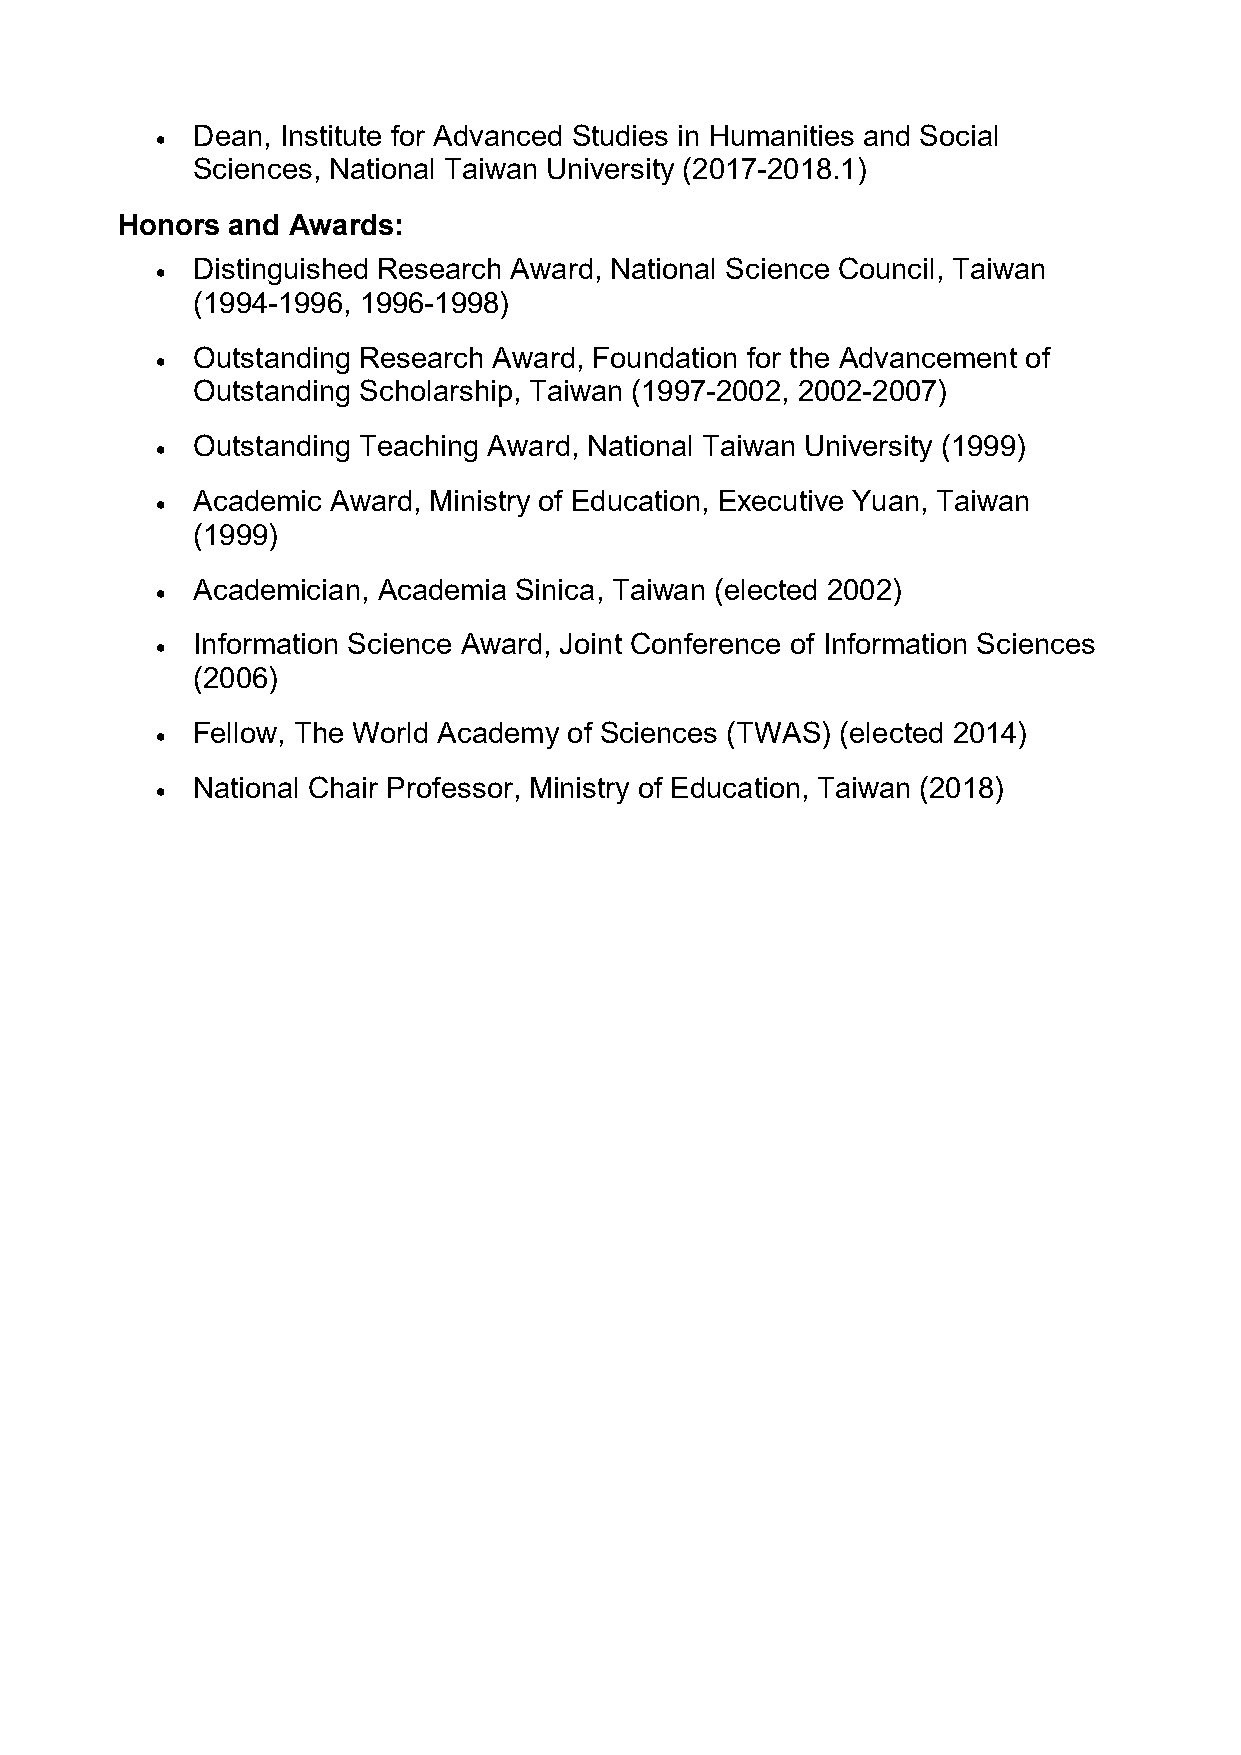
Dean, Institute for Advanced Studies in Humanities and Social
 
 Sciences, National Taiwan University (2017-2018.1)
 Honors and Awards:
 Distinguished Research Award, National Science Council, Taiwan
 
 (1994-1996, 1996-1998)
 Outstanding Research Award, Foundation for the Advancement of
 
 Outstanding Scholarship, Taiwan (1997-2002, 2002-2007)
 Outstanding Teaching Award, National Taiwan University (1999)
 
 Academic Award, Ministry of Education, Executive Yuan, Taiwan
 
 (1999)
 Academician, Academia Sinica, Taiwan (elected 2002)
 
 Information Science Award, Joint Conference of Information Sciences
 
 (2006)
 Fellow, The World Academy of Sciences (TWAS) (elected 2014)
 
 National Chair Professor, Ministry of Education, Taiwan (2018)
 